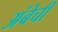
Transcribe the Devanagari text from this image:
अंबेची